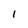
Character: 1